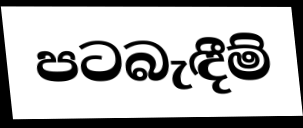
පටබැඳීම්